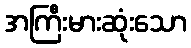
အကြီးမားဆုံးသော